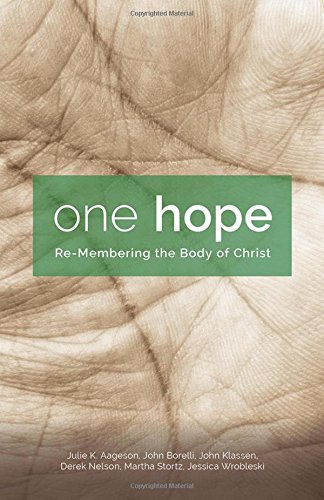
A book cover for One Hope: Re-Membering the Body of Christ; Julie K. Aageson; Christian Books & Bibles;